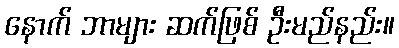
နောက် ဘာများ ဆက်ဖြစ် ဦးမည်နည်း။